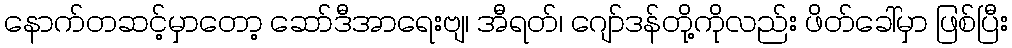
နောက်တဆင့်မှာတော့ ဆော်ဒီအာရေးဗျ၊ အီရတ်၊ ဂျော်ဒန်တို့ကိုလည်း ဖိတ်ခေါ်မှာ ဖြစ်ပြီး